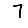
Digit: 7